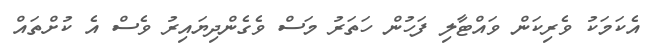
އެކަމަކު ވެރިކަން ވައްޓާލި ފަހުން ހަތަރު މަސް ވެގެންދިޔައިރު ވެސް އެ ކުށްތައް